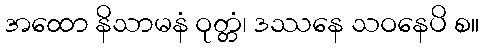
အထော နိသာမနံ ဝုတ္တံ၊ ဒဿနေ သဝနေပိ စ။